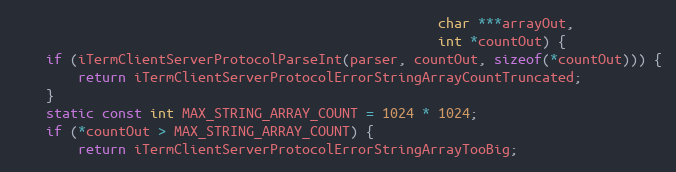
Language: C
                                                     char ***arrayOut,
                                                     int *countOut) {
    if (iTermClientServerProtocolParseInt(parser, countOut, sizeof(*countOut))) {
        return iTermClientServerProtocolErrorStringArrayCountTruncated;
    }
    static const int MAX_STRING_ARRAY_COUNT = 1024 * 1024;
    if (*countOut > MAX_STRING_ARRAY_COUNT) {
        return iTermClientServerProtocolErrorStringArrayTooBig;